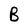
Character: B